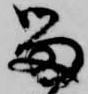
留